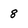
Character: 8